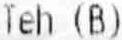
TEH (B)